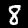
Digit: 8